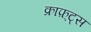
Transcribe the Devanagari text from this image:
क्राफ़्ट्स